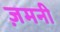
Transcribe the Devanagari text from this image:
ज़मनी